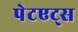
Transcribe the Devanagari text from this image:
पेटएट्स